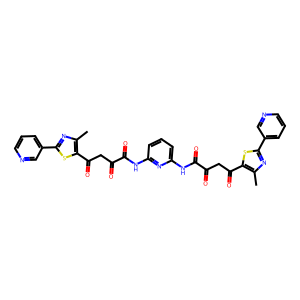
SMILES: Cc1nc(-c2cccnc2)sc1C(=O)CC(=O)C(=O)Nc1cccc(NC(=O)C(=O)CC(=O)c2sc(-c3cccnc3)nc2C)n1
Inhibits HIV replication: No